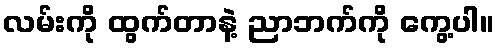
လမ်းကို ထွက်တာနဲ့ ညာဘက်ကို ကွေ့ပါ။